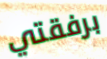
برفقتي